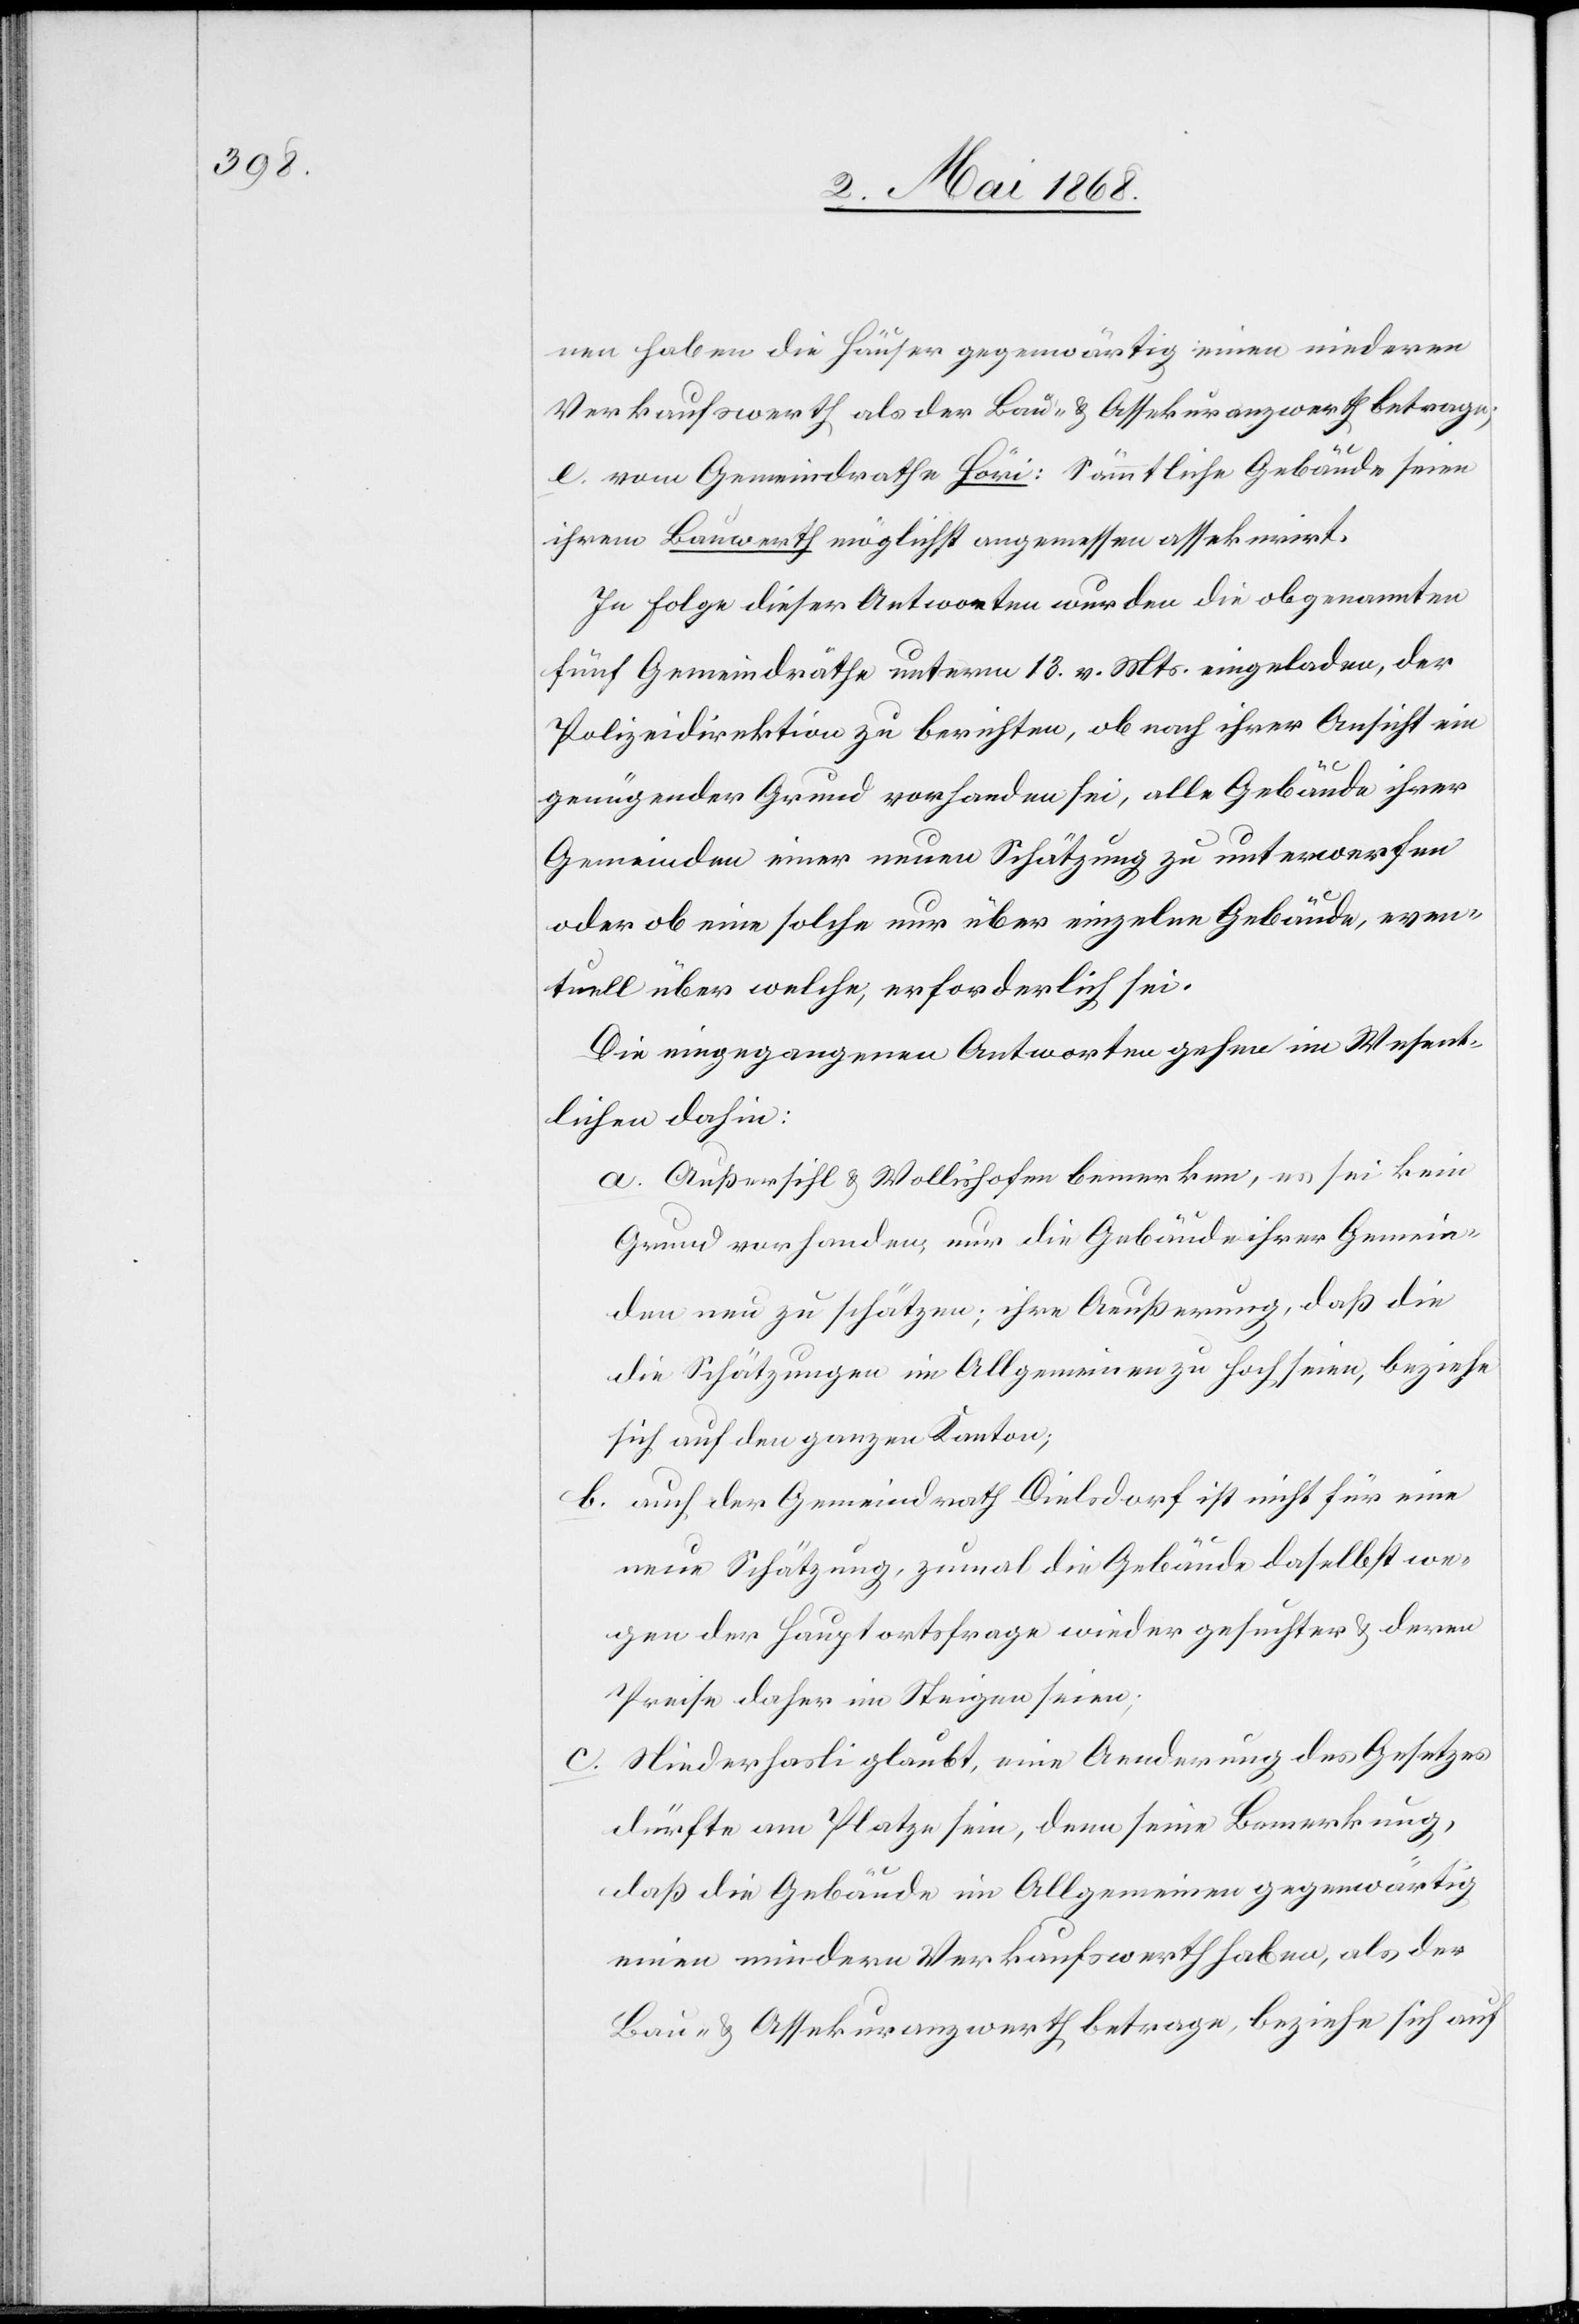
nen haben die Häuser gegenwärtig einen niederen
Verkaufswerth als der Bau- & Assekuranzwerth betrage;
vom Gemeindrathe Höri: Sämmtliche Gebäude seien
im Bauwerth möglichst angemessen assekurirt.
In Folge dieser Antworten wurden die obgenannten
fünf Gemeindräthe unterm 13. v. Mts. eingeladen, der
Polizeidirektion zu berichten, ob nach ihrer Ansicht ein
genügender Grund vorhanden sei, alle Gebäude ihrer
Gemeinden einer neuen Schätzung zu unterwerfen
oder ob eine solche nur über einzelne Gebäude, even¬
tuell über welche, erforderlich sei.
Die eingegangenen Antworten gehen im Wesent¬
lichen dahin:
Außersihl & Wollishofen bemerken, es sei kein
Grund vorhanden, nur die Gebäude ihrer Gemein¬
den neu zu schätzen; ihre Aeußerung, daß die
[sic!] Schätzungen im Allgemeinen zu hoch seien, beziehe
sich auf den ganzen Kanton;
auch der Gemeindrath Dielsdorf ist nicht für eine
neue Schätzung, zumal die Gebäude daselbst we¬
gen der Hauptortsfrage wieder gesuchter & deren
Preise daher im Steigen seien;
Niederhasli glaubt, eine Aenderung des Gesetzes
dürfte am Platze sein, denn seine Bemerkung,
daß die Gebäude im Allgemeinen gegenwärtig
einen mindern Verkaufswerth haben, als der
Bau- & Assekuranzwerth betrage, beziehe sich auf